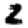
Digit: 2